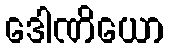
ဒေါဏိယော